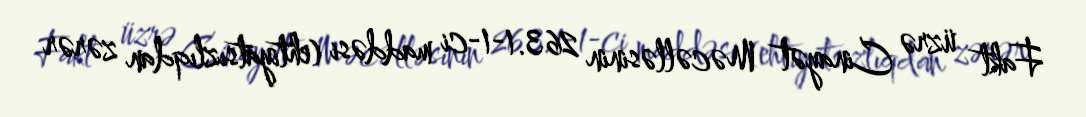
Fakt üzrə Cinayət Məcəlləsinin 263.1-1-ci maddəsi (ehtiyatsızlıqdan zərər